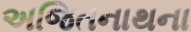
અજિતનાથના